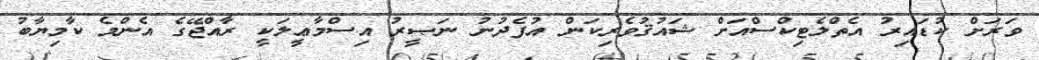
ވަރަށް ކުޑައިރު އެތްލެޓިކްސްއަށް ޝައުޤުވެރިކަން އުފެދުނު ނަޞީރު އިސްމާޢީލަކީ ރާއްޖޭގެ އެންމެ ކާމިޔާބު